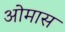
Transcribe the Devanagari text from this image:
ओमास